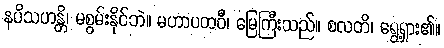
နပိသဟန္တိ၊ မစွမ်းနိုင်ဘဲ။ မဟာပထဝီ၊ မြေကြီးသည်။ စလတိ၊ ရွေ့ရှား၏။